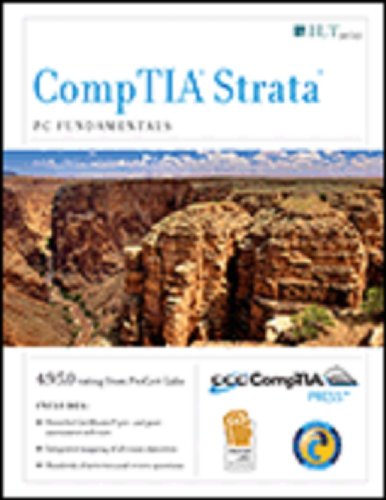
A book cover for Photoshop Cs4: Basic, Ace Edition + Certblaster (ILT); Computers & Technology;